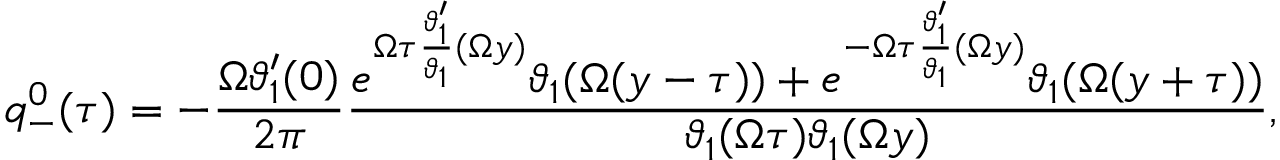
q _ { - } ^ { 0 } ( \tau ) = - \frac { \Omega \vartheta _ { 1 } ^ { \prime } ( 0 ) } { 2 \pi } \frac { e ^ { \Omega \tau \frac { \vartheta _ { 1 } ^ { \prime } } { \vartheta _ { 1 } } ( \Omega y ) } \vartheta _ { 1 } ( \Omega ( y - \tau ) ) + e ^ { - \Omega \tau \frac { \vartheta _ { 1 } ^ { \prime } } { \vartheta _ { 1 } } ( \Omega y ) } \vartheta _ { 1 } ( \Omega ( y + \tau ) ) } { \vartheta _ { 1 } ( \Omega \tau ) \vartheta _ { 1 } ( \Omega y ) } ,